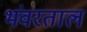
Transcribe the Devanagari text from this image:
भंवरताल